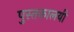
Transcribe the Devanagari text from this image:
पुस्तकालयी